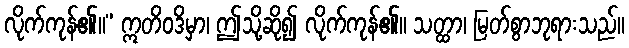
လိုက်ကုန်၏။” ဣတိဝဒိမှာ၊ ဤသို့ဆို၍ လိုက်ကုန်၏။ သတ္ထာ၊ မြတ်စွာဘုရားသည်။